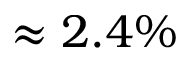
\approx 2 . 4 \%